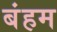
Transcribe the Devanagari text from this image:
बंहम